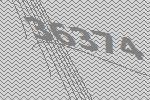
36374